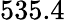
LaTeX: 535.4